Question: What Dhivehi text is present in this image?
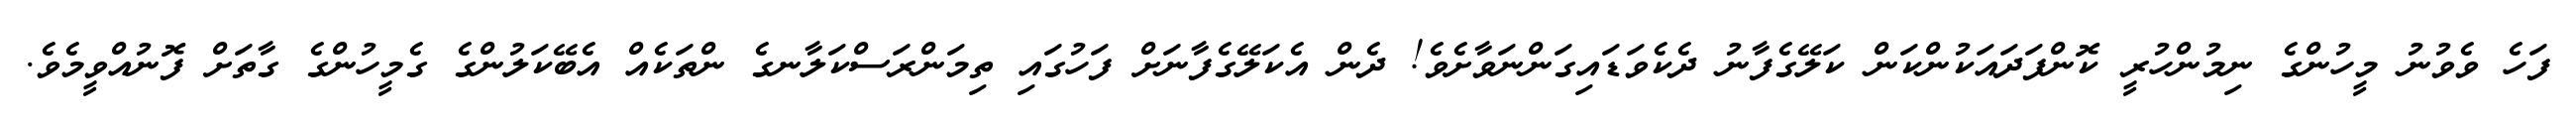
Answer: ފަހެ ވެވުނު މީހުންގެ ނިމުންހުރީ ކޮންފަދައަކުންކަން ކަލޭގެފާނު ދެކެވަޑައިގަންނަވާށެވެ! ދެން އެކަލޭގެފާނަށް ފަހުގައި ތިމަންރަސްކަލާނގެ ންތަކެއް އެބޭކަލުންގެ ގެމީހުންގެ ގާތަށް ފޮނުއްވީމެވެ.